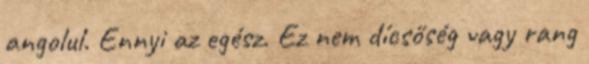
angolul. Ennyi az egész. Ez nem dícsőség vagy rang